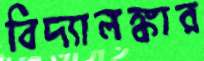
বিদ্যালঙ্কার